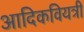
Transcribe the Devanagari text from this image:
आदिकवियत्री